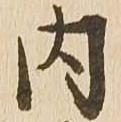
内